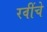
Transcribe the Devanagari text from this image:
रवींचे